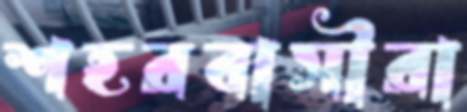
শহরবাসীরা